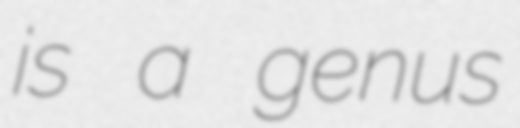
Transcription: is a genus